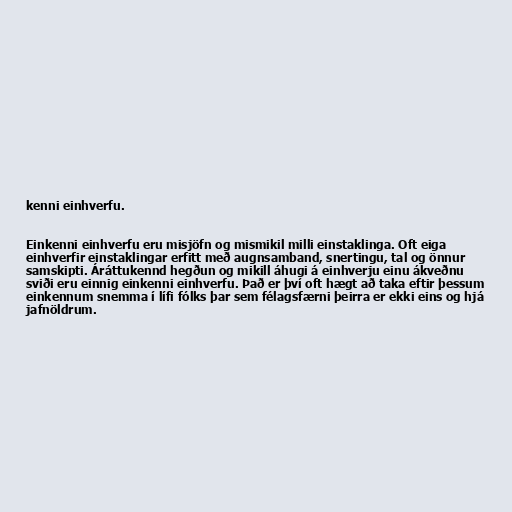
kenni einhverfu.

Einkenni einhverfu eru misjöfn og mismikil milli einstaklinga. Oft eiga
einhverfir einstaklingar erfitt með augnsamband, snertingu, tal og önnur
samskipti. Áráttukennd hegðun og mikill áhugi á einhverju einu ákveðnu
sviði eru einnig einkenni einhverfu. Það er því oft hægt að taka eftir þessum
einkennum snemma í lífi fólks þar sem félagsfærni þeirra er ekki eins og hjá
jafnöldrum.